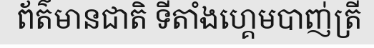
ព័ត៌មានជាតិ ទីតាំងហ្គេមបាញ់ត្រី